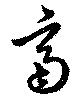
啇